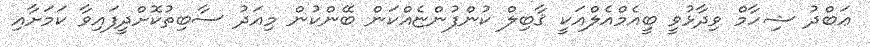
ޢަބްދު ޝިހާމް ވިދާޅުވީ ބީއެމްއެލްއަކީ ޤާބިލް ކުންފުންޏެއްކަން ބޭންކުން މިއަދު ސާބިތުކޮށްދީފައިވާ ކަމަށާއި